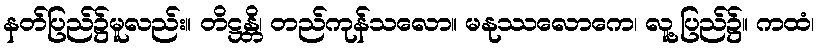
နတ်ပြည်၌မူလည်း။ တိဋ္ဌန္တိ၊ တည်ကုန်သလော။ မနုဿလောကေ၊ လူ့ပြည်၌။ ကထံ၊